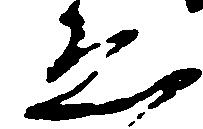
ゑ